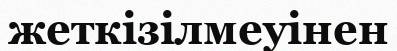
жеткізілмеуінен